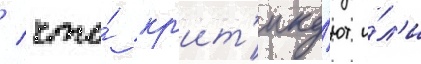
/ что́ кр'ит'ику́ют и́л'и